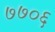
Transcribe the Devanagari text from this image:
७७०६